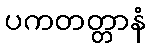
ပကတတ္တာနံ